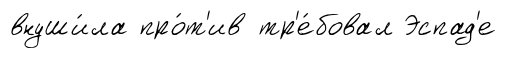
внуши́ла про́т'ив тр'е́бовал Эспад'е